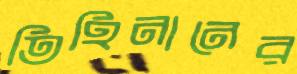
তিহিনানের